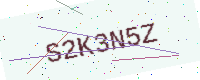
Text: S2K3N5Z